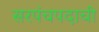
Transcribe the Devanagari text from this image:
सरपंचपदाची